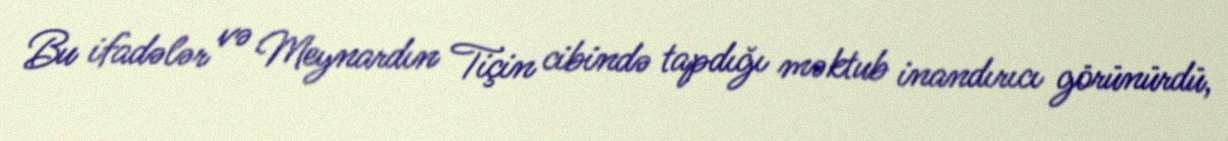
Bu ifadələr və Meynardın Tiçin cibində tapdığı məktub inandırıcı görünürdü,